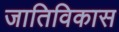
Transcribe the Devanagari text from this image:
जातिविकास